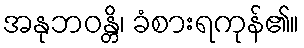
အနုဘဝန္တိ၊ ခံစားရကုန်၏။